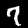
Digit: 7